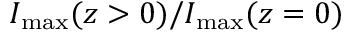
I _ { \mathrm { m a x } } ( z > 0 ) / I _ { \mathrm { m a x } } ( z = 0 )